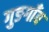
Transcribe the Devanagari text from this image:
गुङगाँव